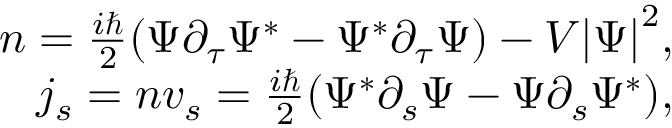
\begin{array} { r } { n = { \frac { i \hbar } { 2 } } { \left( \Psi \partial _ { \tau } \Psi ^ { \ast } - \Psi ^ { \ast } \partial _ { \tau } \Psi \right) } - V { \left| \Psi \right| } ^ { 2 } , } \\ { j _ { s } = n v _ { s } = { \frac { i \hbar } { 2 } } { \left( \Psi ^ { \ast } \partial _ { s } \Psi - \Psi \partial _ { s } \Psi ^ { \ast } \right) } , } \end{array}